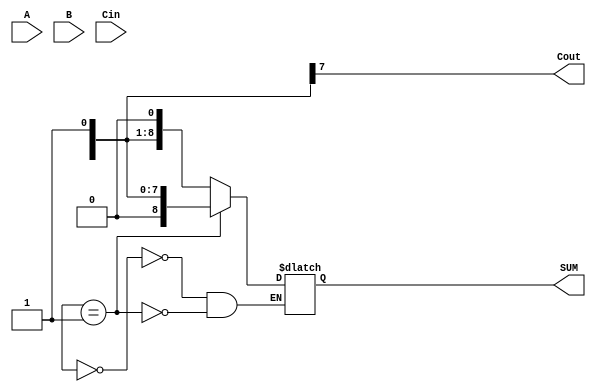
module carry_select_lookahead_adder(
    input wire [7:0] A,
    input wire [7:0] B,
    input wire Cin,
    output reg [8:0] SUM,
    output reg Cout
);

reg [7:0] P, G, C;
reg [8:1] C_select;
reg [8:0] C_out;

assign P = A ^ B;
assign G = A & B;
assign C[0] = Cin;

always @(*) begin
    C[1] = G[0] | (P[0] & C[0]);
    C[2] = G[1] | (P[1] & C[1]);
    C[3] = G[2] | (P[2] & C[2]);
    C[4] = G[3] | (P[3] & C[3]);
    C[5] = G[4] | (P[4] & C[4]);
    C[6] = G[5] | (P[5] & C[5]);
    C[7] = G[6] | (P[6] & C[6]);
    C[8] = G[7] | (P[7] & C[7]);
end

always @(*) begin
    case(C_select)
        9'b000000000: begin
            SUM = {Cout, C_out[8:1]};
        end
        9'b000000001: begin
            SUM = {Cout, C_out[8:2]};
        end
        // Add more cases for each stage
    endcase
end

endmodule